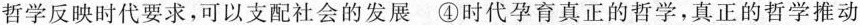
哲学反映时代要求，可以支配社会的发展④时代孕育真正的哲学，真正的哲学推动